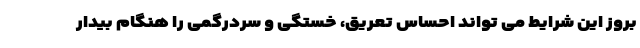
بروز این شرایط می تواند احساس تعریق، خستگی و سردرگمی را هنگام بیدار